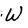
Character: W